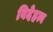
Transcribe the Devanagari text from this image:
विदेहत्व